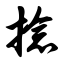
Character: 捻